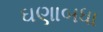
ઘણાબધા